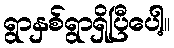
ရွာနှစ်ရွာရှိပြီပေါ့။